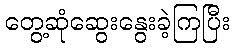
တွေ့ဆုံဆွေးနွေးခဲ့ကြပြီး